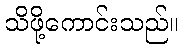
သိဖို့ကောင်းသည်။